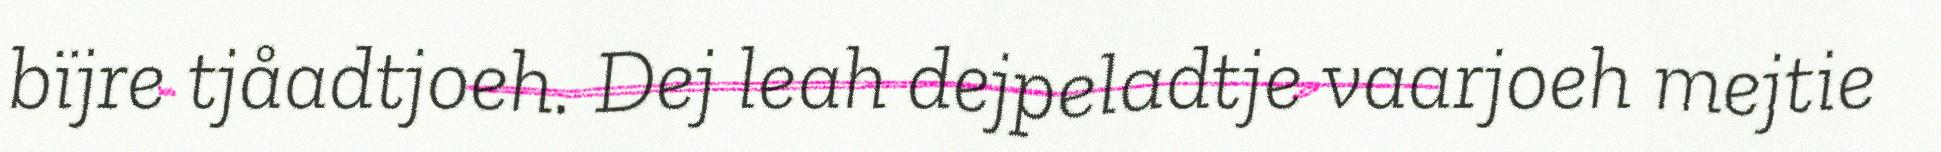
bïjre tjåadtjoeh. Dej leah dejpeladtje vaarjoeh mejtie